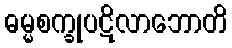
ဓမ္မစက္ခုပဋိလာဘောတိ